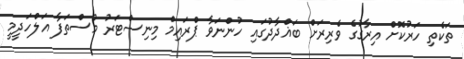
ތަކެތި ހަރުކޮށް އިރާގުގެ ވެރިރަށް ބަޣްދާދުގައި ހުންނަވާ ޕްރައިމް މިނިސްޓަރު މުސްތަފާ އަލްހަދީމީ